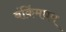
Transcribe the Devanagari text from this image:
बंकिंमघम